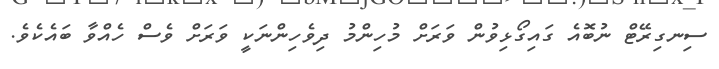
ސިނގިރޭޓް ނުބޮއެ ގައިގޯޅިވުން ވަރަށް މުހިންމު ދިވެހިންނަކީ ވަރަށް ވެސް ހެއްވާ ބައެކެވެ.